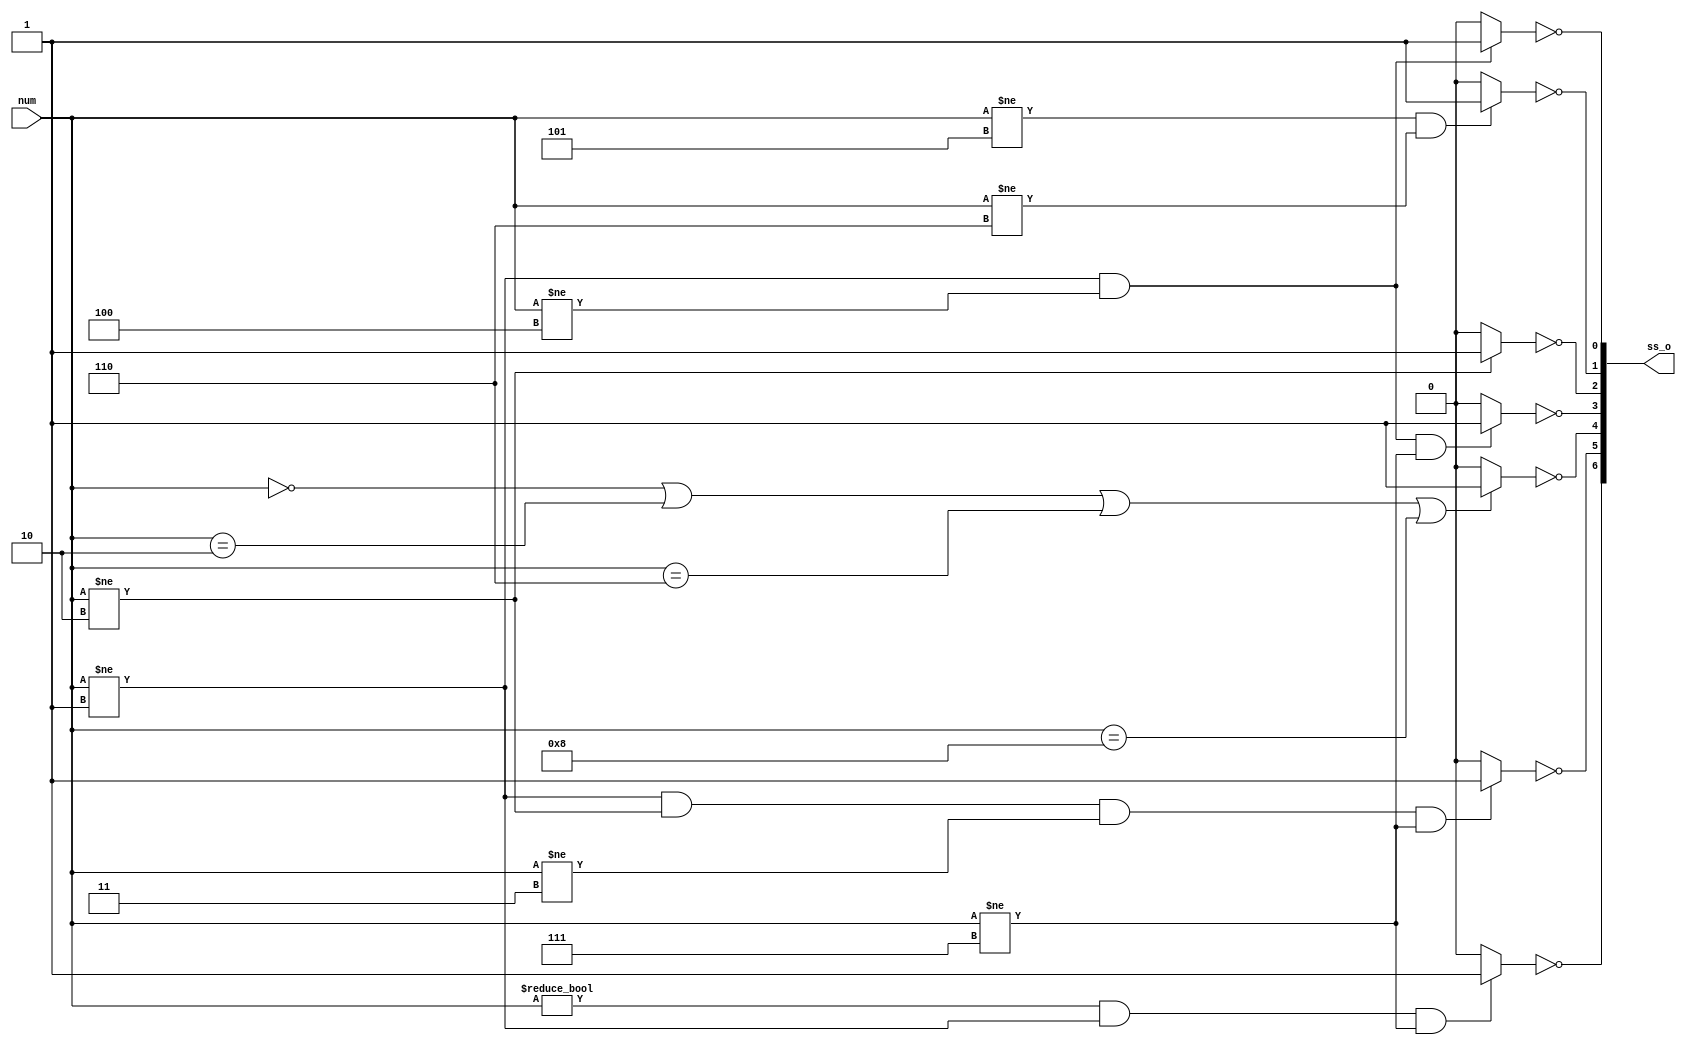
module seven_segment(num, ss_o);
input [3:0] num;
output reg [6:0] ss_o;
//reg a, b, c, d, e, f, g;

always@(*) begin 
    ss_o[0] = ~((num != 1 && num != 4) ? 1 : 0);
    ss_o[1] = ~((num != 5 && num != 6) ? 1 : 0);
    ss_o[2] = ~((num != 2) ? 1 : 0);
    ss_o[3] = ~((num != 1 && num != 4 && num != 7) ? 1 : 0);
    ss_o[4] = ~((num == 0 || num == 2 || num == 6 || num == 8) ? 1 : 0);
    ss_o[5] = ~((num != 1 && num != 2 && num != 3 && num != 7) ? 1 : 0);
    ss_o[6] = ~((num != 0 && num != 1 && num != 7) ? 1 : 0);
end

endmodule